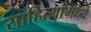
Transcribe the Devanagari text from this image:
साहित्यांमध्ये